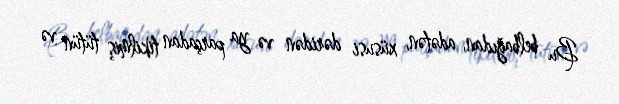
Bu belbağıdan, adətən, xüsusi dəridən və ya parçadan tikilmiş tütün və